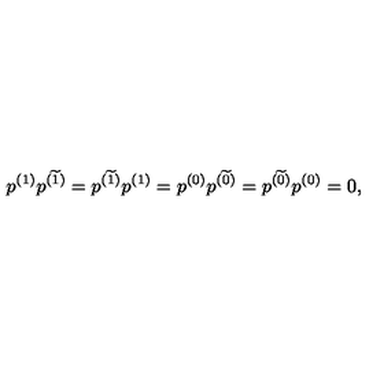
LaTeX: p ^ { ( 1 ) } p ^ { ( \widetilde { 1 } ) } = p ^ { ( \widetilde { 1 } ) } p ^ { ( 1 ) } = p ^ { ( 0 ) } p ^ { ( \widetilde { 0 } ) } = p ^ { ( \widetilde { 0 } ) } p ^ { ( 0 ) } = 0 ,